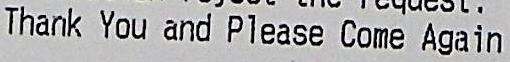
THANK YOU AND PLEASE COME AGAIN